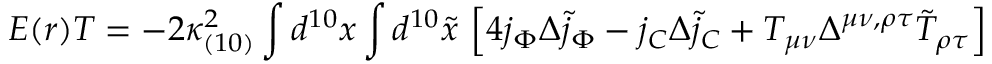
{ \cal E } ( r ) { \cal T } = - 2 \kappa _ { ( 1 0 ) } ^ { 2 } \int d ^ { 1 0 } x \int d ^ { 1 0 } { \tilde { x } } \ \Bigl [ 4 j _ { \Phi } \Delta { \tilde { j } _ { \Phi } } - j _ { C } \Delta { \tilde { j } _ { C } } + T _ { \mu \nu } \Delta ^ { \mu \nu , \rho \tau } { \tilde { T } } _ { \rho \tau } \Bigr ]